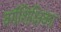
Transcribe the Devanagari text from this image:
वर्गशिक्षिका